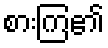
စားကြ၏